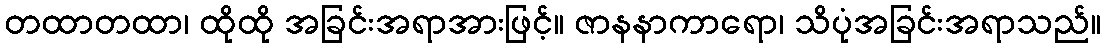
တထာတထာ၊ ထိုထို အခြင်းအရာအားဖြင့်။ ဇာနနာကာရော၊ သိပုံအခြင်းအရာသည်။